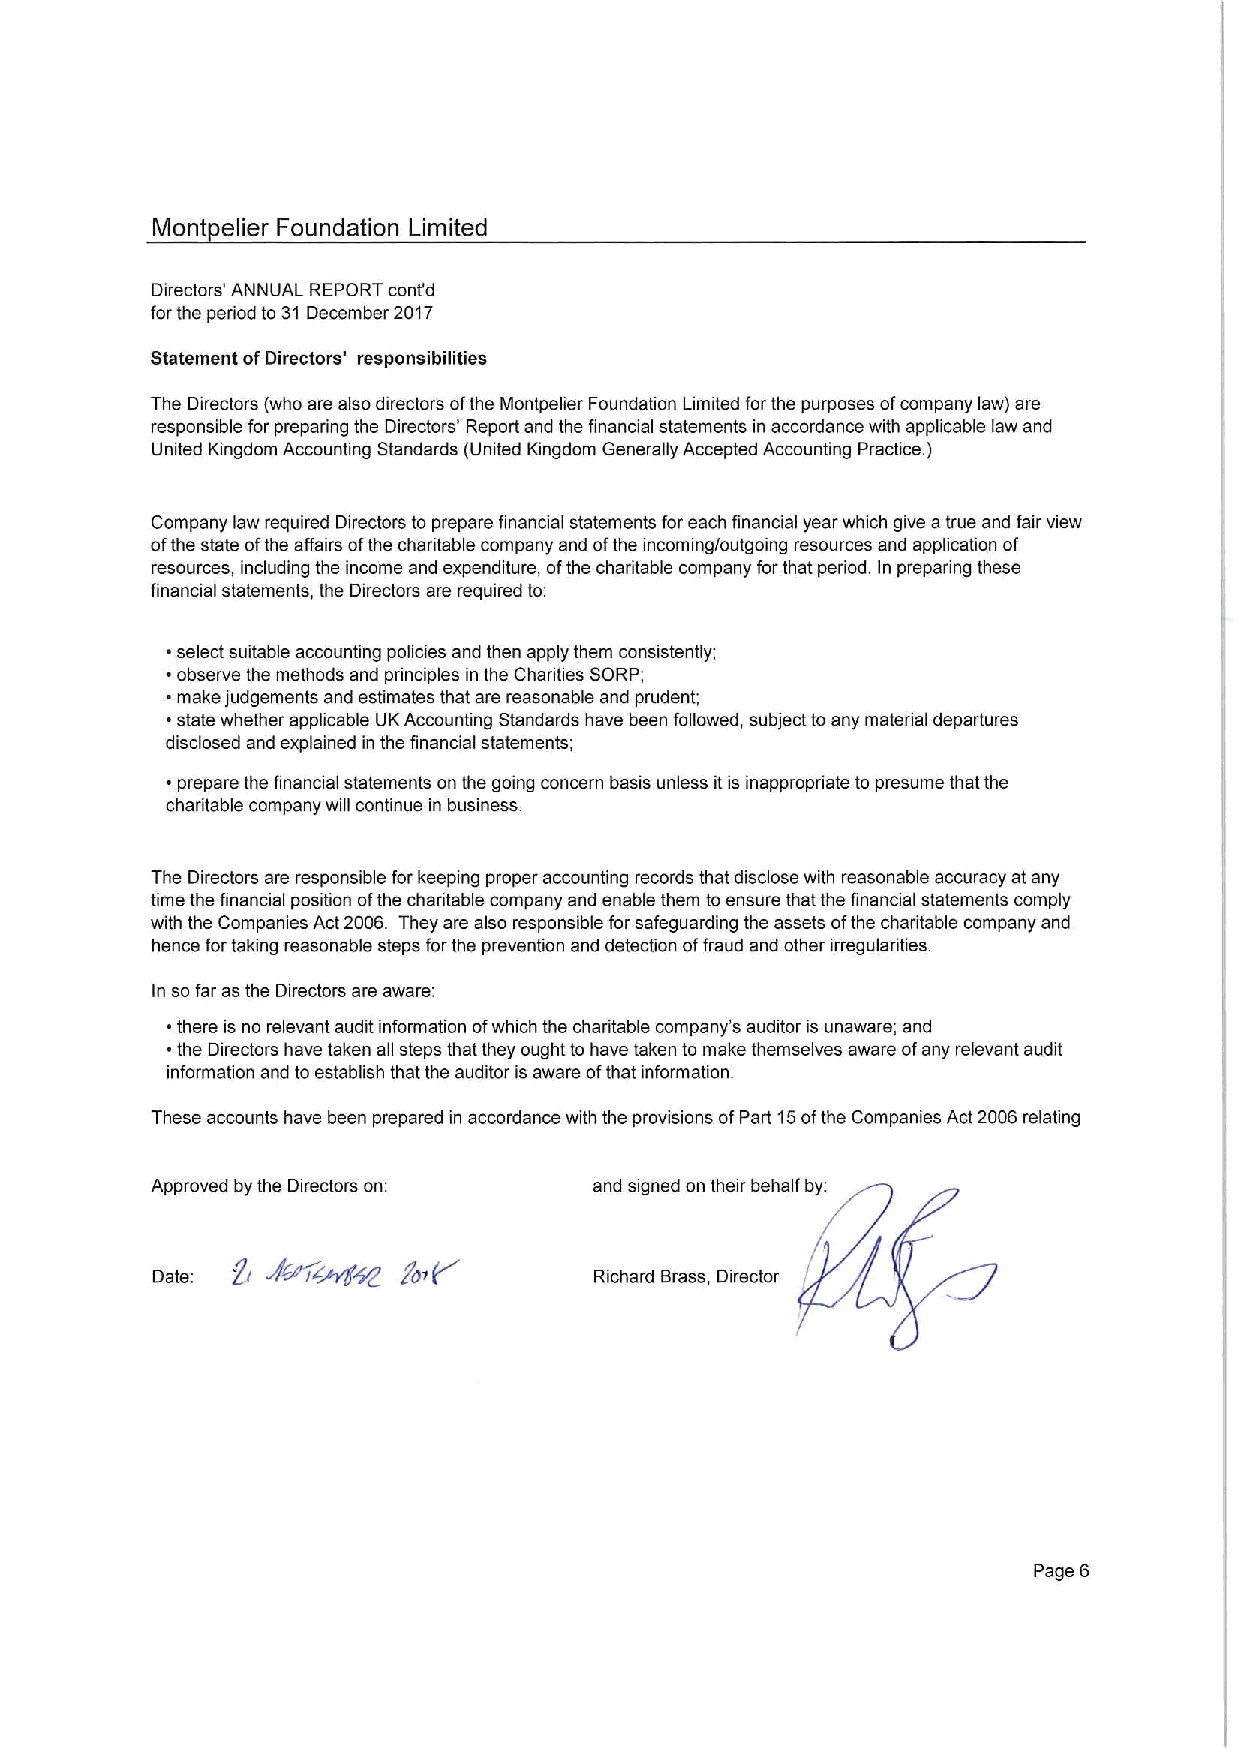
Mont elier Foundation Limited
 Directors' ANNUAL REPORT cont'd
 forthe period to 31 December 2017
 Statement ofDirectors' responsibilities
 The Directors (who are also directors ofthe Montpelier Foundation Limited for the purposes ofcompany law) are
 responsible for preparing the Directors' Report and the financial statements in accordance with applicable law and
 United Kingdom Accounting Standards (United Kingdom Generally Accepted Accounting Practice. )
 Company law required Directors to prepare finanaal statements for each financial year which give atrue and fair view
 ofthe state ofthe affairs ofthe charitable company and ofthe incoming/outgoing resources and application of
 resources, including the income and expenditure, ofthe charitable company forthat period. In preparing these
 financial statements, the Directors are required to
 ~select suitable accounting policies and then apply them consistently;
 ~observe the methods and principles in the Charities SORP;
 ~make judgements and estimates that are reasonable and prudent;
 ~state whether applicable UK Accounting Standards have been followed, subject to any material departures
 disclosed and explained in the financial statements;
 ~ prepare the financial statements on the going concern basis unless itis inappropriate to presume that the
 charitable company will continue in business
 The Directors are responsible for keeping proper accounting records that disclose with reasonable accuracy at any
 time the financial position ofthe charitable company and enable them toensure that the financial statements comply
 with the Companies Act2006. They are also responsible for safeguarding the assets ofthe charitable company and
 hence for taking reasonable steps forthe prevention and detection offraud and other irregularities
 In so far as the Directors are aware:
 ~there is no relevant audit information ofwhich the charitable company's auditor is unaware; and
 ~the Directors have taken all steps that they ought to have taken to make themselves aware ofany relevant audit
 information and to establish that the auditor is aware ofthat information.
 These accounts have been prepared in accordance with the provisions ofPart 15ofthe Companies Act 2006 relating
 Approved by the Directors on: and signed on their behalf by:
 V~~ic~~
 Dale: gi         rdr(r       Richard Brass, Director
 Page 6